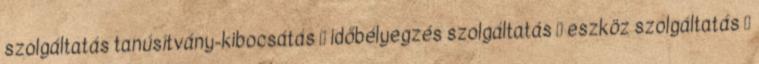
szolgáltatás tanúsítvány-kibocsátás  időbélyegzés szolgáltatás  eszköz szolgáltatás 